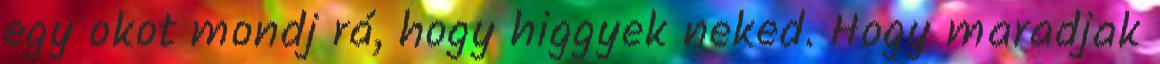
egy okot mondj rá, hogy higgyek neked. Hogy maradjak